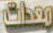
معدات